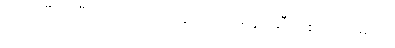
တော်ပြီ အဲဒီအကြောင်းတွေ ညကျမှ နင့်ဆီ ဖုန်းဆက်မယ်။